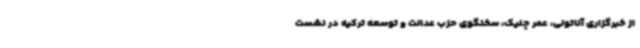
از خبرگزاری آناتولی، عمر چلیک، سخنگوی حزب عدالت و توسعه ترکیه در نشست